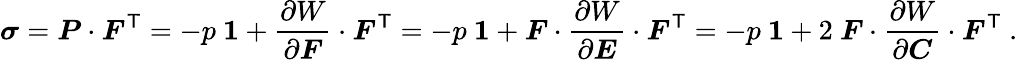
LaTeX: {\boldsymbol{\sigma}}={\boldsymbol{P}}\cdot{\boldsymbol{F}}^{\textsf{T}}=-p~{\boldsymbol{\mathit{1}}}+{\frac{\partial W}{\partial{\boldsymbol{F}}}}\cdot{\boldsymbol{F}}^{\textsf{T}}=-p~{\boldsymbol{\mathit{1}}}+{\boldsymbol{F}}\cdot{\frac{\partial W}{\partial{\boldsymbol{E}}}}\cdot{\boldsymbol{F}}^{\textsf{T}}=-p~{\boldsymbol{\mathit{1}}}+2~{\boldsymbol{F}}\cdot{\frac{\partial W}{\partial{\boldsymbol{C}}}}\cdot{\boldsymbol{F}}^{\textsf{T}}~.